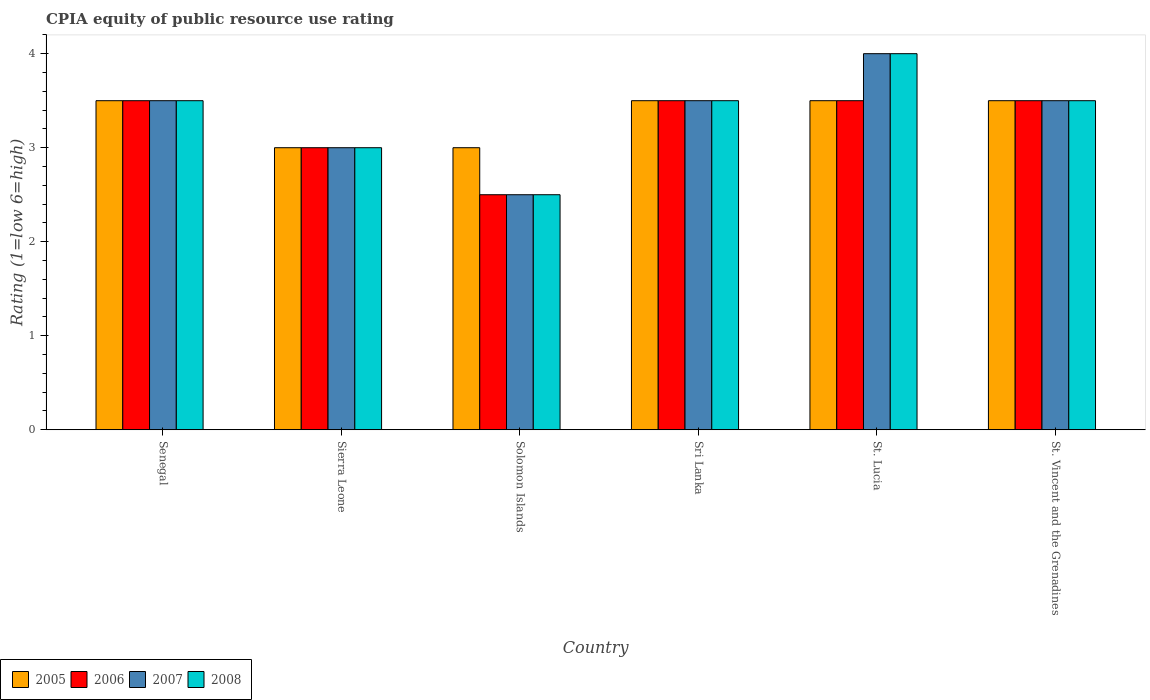
| Country | 2005 | 2006 | 2007 | 2008 |
 | --- | --- | --- | --- | --- |
 | Senegal | 3.5 | 3.5 | 3.5 | 3.5 |
 | Sierra Leone | 3 | 3 | 3 | 3 |
 | Solomon Islands | 3 | 2.5 | 2.5 | 2.5 |
 | Sri Lanka | 3.5 | 3.5 | 3.5 | 3.5 |
 | St. Lucia | 3.5 | 3.5 | 4 | 4 |
 | St. Vincent and the Grenadines | 3.5 | 3.5 | 3.5 | 3.5 |